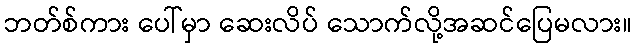
ဘတ်စ်ကား ပေါ်မှာ ဆေးလိပ် သောက်လို့အဆင်ပြေမလား။